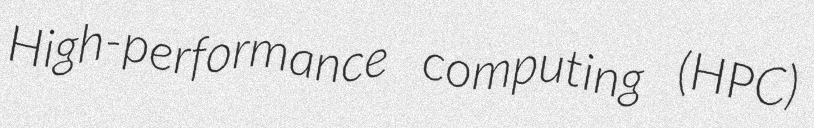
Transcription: High-performance computing (HPC)